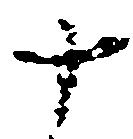
十